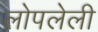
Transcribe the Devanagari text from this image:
लोपलेली